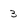
Character: 3